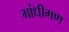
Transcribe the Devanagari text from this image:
गांधीगण